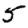
Digit: 5